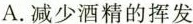
A.减少酒精的挥发